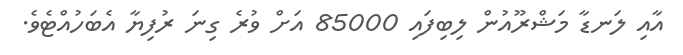
އާއި ލަނޑާ މަޝްރޫއުން ލިބިފައި 85000 އަށް ވުރެ ގިނަ ރުފިޔާ އެބަހުއްޓެވެ.